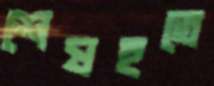
শেষহতে